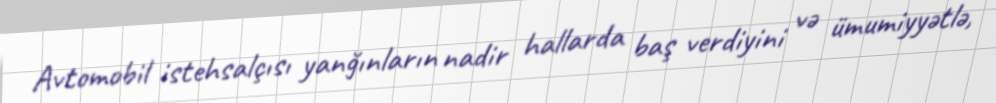
Avtomobil istehsalçısı yanğınların nadir hallarda baş verdiyini və ümumiyyətlə,